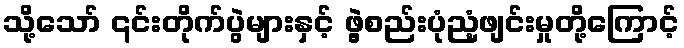
သို့သော် ၎င်းတိုက်ပွဲများနှင့် ဖွဲ့စည်းပုံညံ့ဖျင်းမှုတို့ကြောင့်